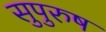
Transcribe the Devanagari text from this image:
सुपुरुष